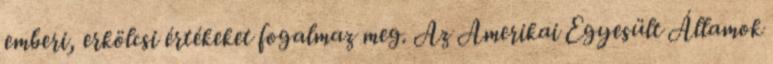
emberi, erkölcsi értékeket fogalmaz meg. Az Amerikai Egyesült Államok